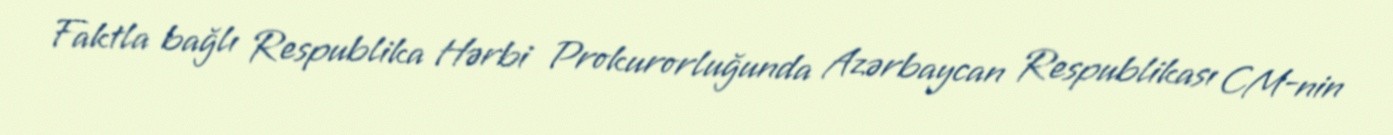
Faktla bağlı Respublika Hərbi Prokurorluğunda Azərbaycan Respublikası CM-nin